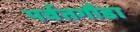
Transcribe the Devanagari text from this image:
पर्वतगौडा